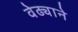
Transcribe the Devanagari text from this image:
वेढ्याने